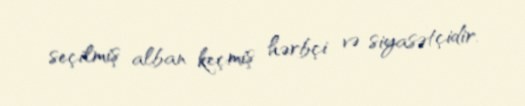
seçilmiş alban keçmiş hərbçi və siyasətçidir.